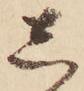
し